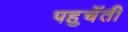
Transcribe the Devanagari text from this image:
पहुचॅती